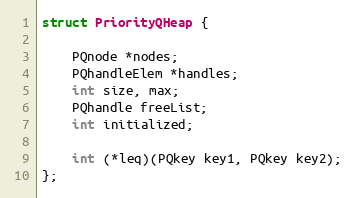
Language: C
struct PriorityQHeap {

	PQnode *nodes;
	PQhandleElem *handles;
	int size, max;
	PQhandle freeList;
	int initialized;

	int (*leq)(PQkey key1, PQkey key2);
};